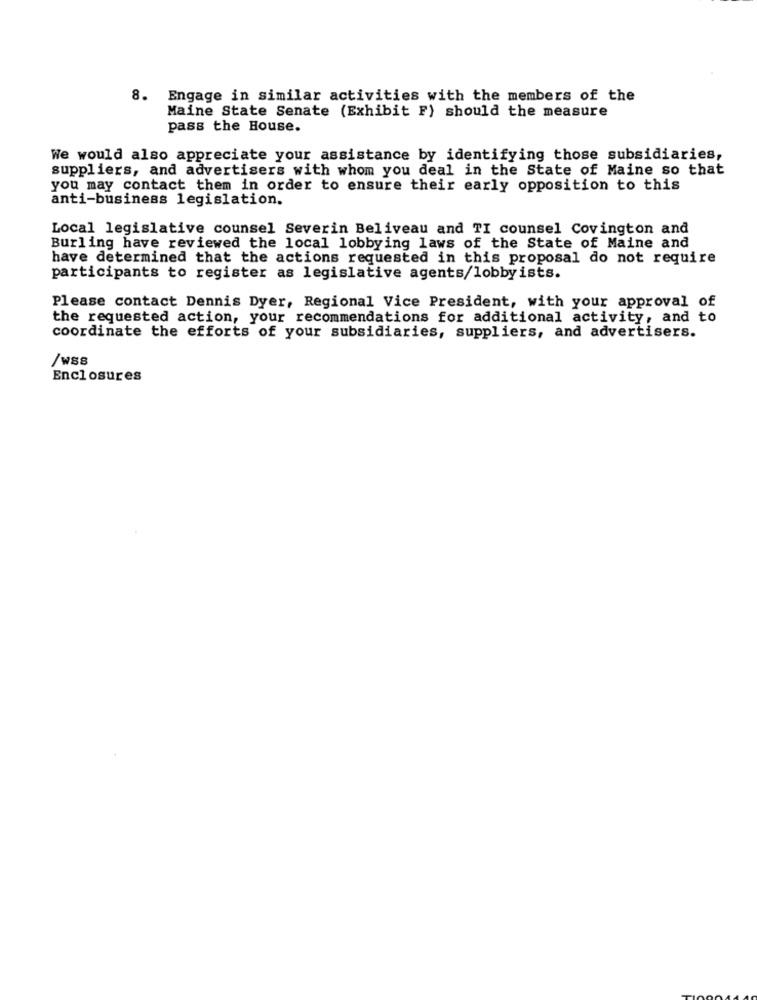
8. Engage in similar activities with the members of the
Maine State Senate (Exhibit F) should the measure
pass the House.
We would also appreciate your assistance by identifying those subsidiaries,
suppliers, and advertisers with whom you deal in the State of Maine so that
you may contact them in order to ensure their early opposition to this
anti-business legislation.
Local legislative counsel Severin Beliveau and TI counsel Covington and
Burling have reviewed the local lobbying laws of the State of Maine and
have determined that the actions requested in this proposal do not require
participants to register as legislative agents/lobbyists.
Please contact Dennis Dyer, Regional Vice President, with your approval of
the requested action, your recommendations for additional activity, and to
coordinate the efforts of your subsidiaries, suppliers, and advertisers.
/wss
Enclosures